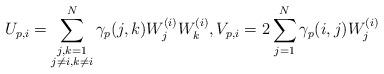
LaTeX: \begin{align*}U_{p,i}=\sum_{\begin{subarray}{c}j,k=1\\j\neq i,k\neq i\end{subarray}}^N\gamma_p(j,k)W^{(i)}_jW^{(i)}_k,V_{p,i}=2\sum_{j=1}^N\gamma_p(i,j)W^{(i)}_{j}\end{align*}